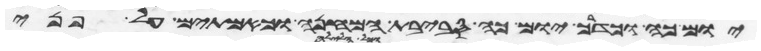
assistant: יום כה וכדרך יום כה סביבת המחנה וכאמתים על פני